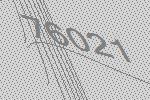
76021